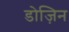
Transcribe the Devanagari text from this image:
डोज़िन